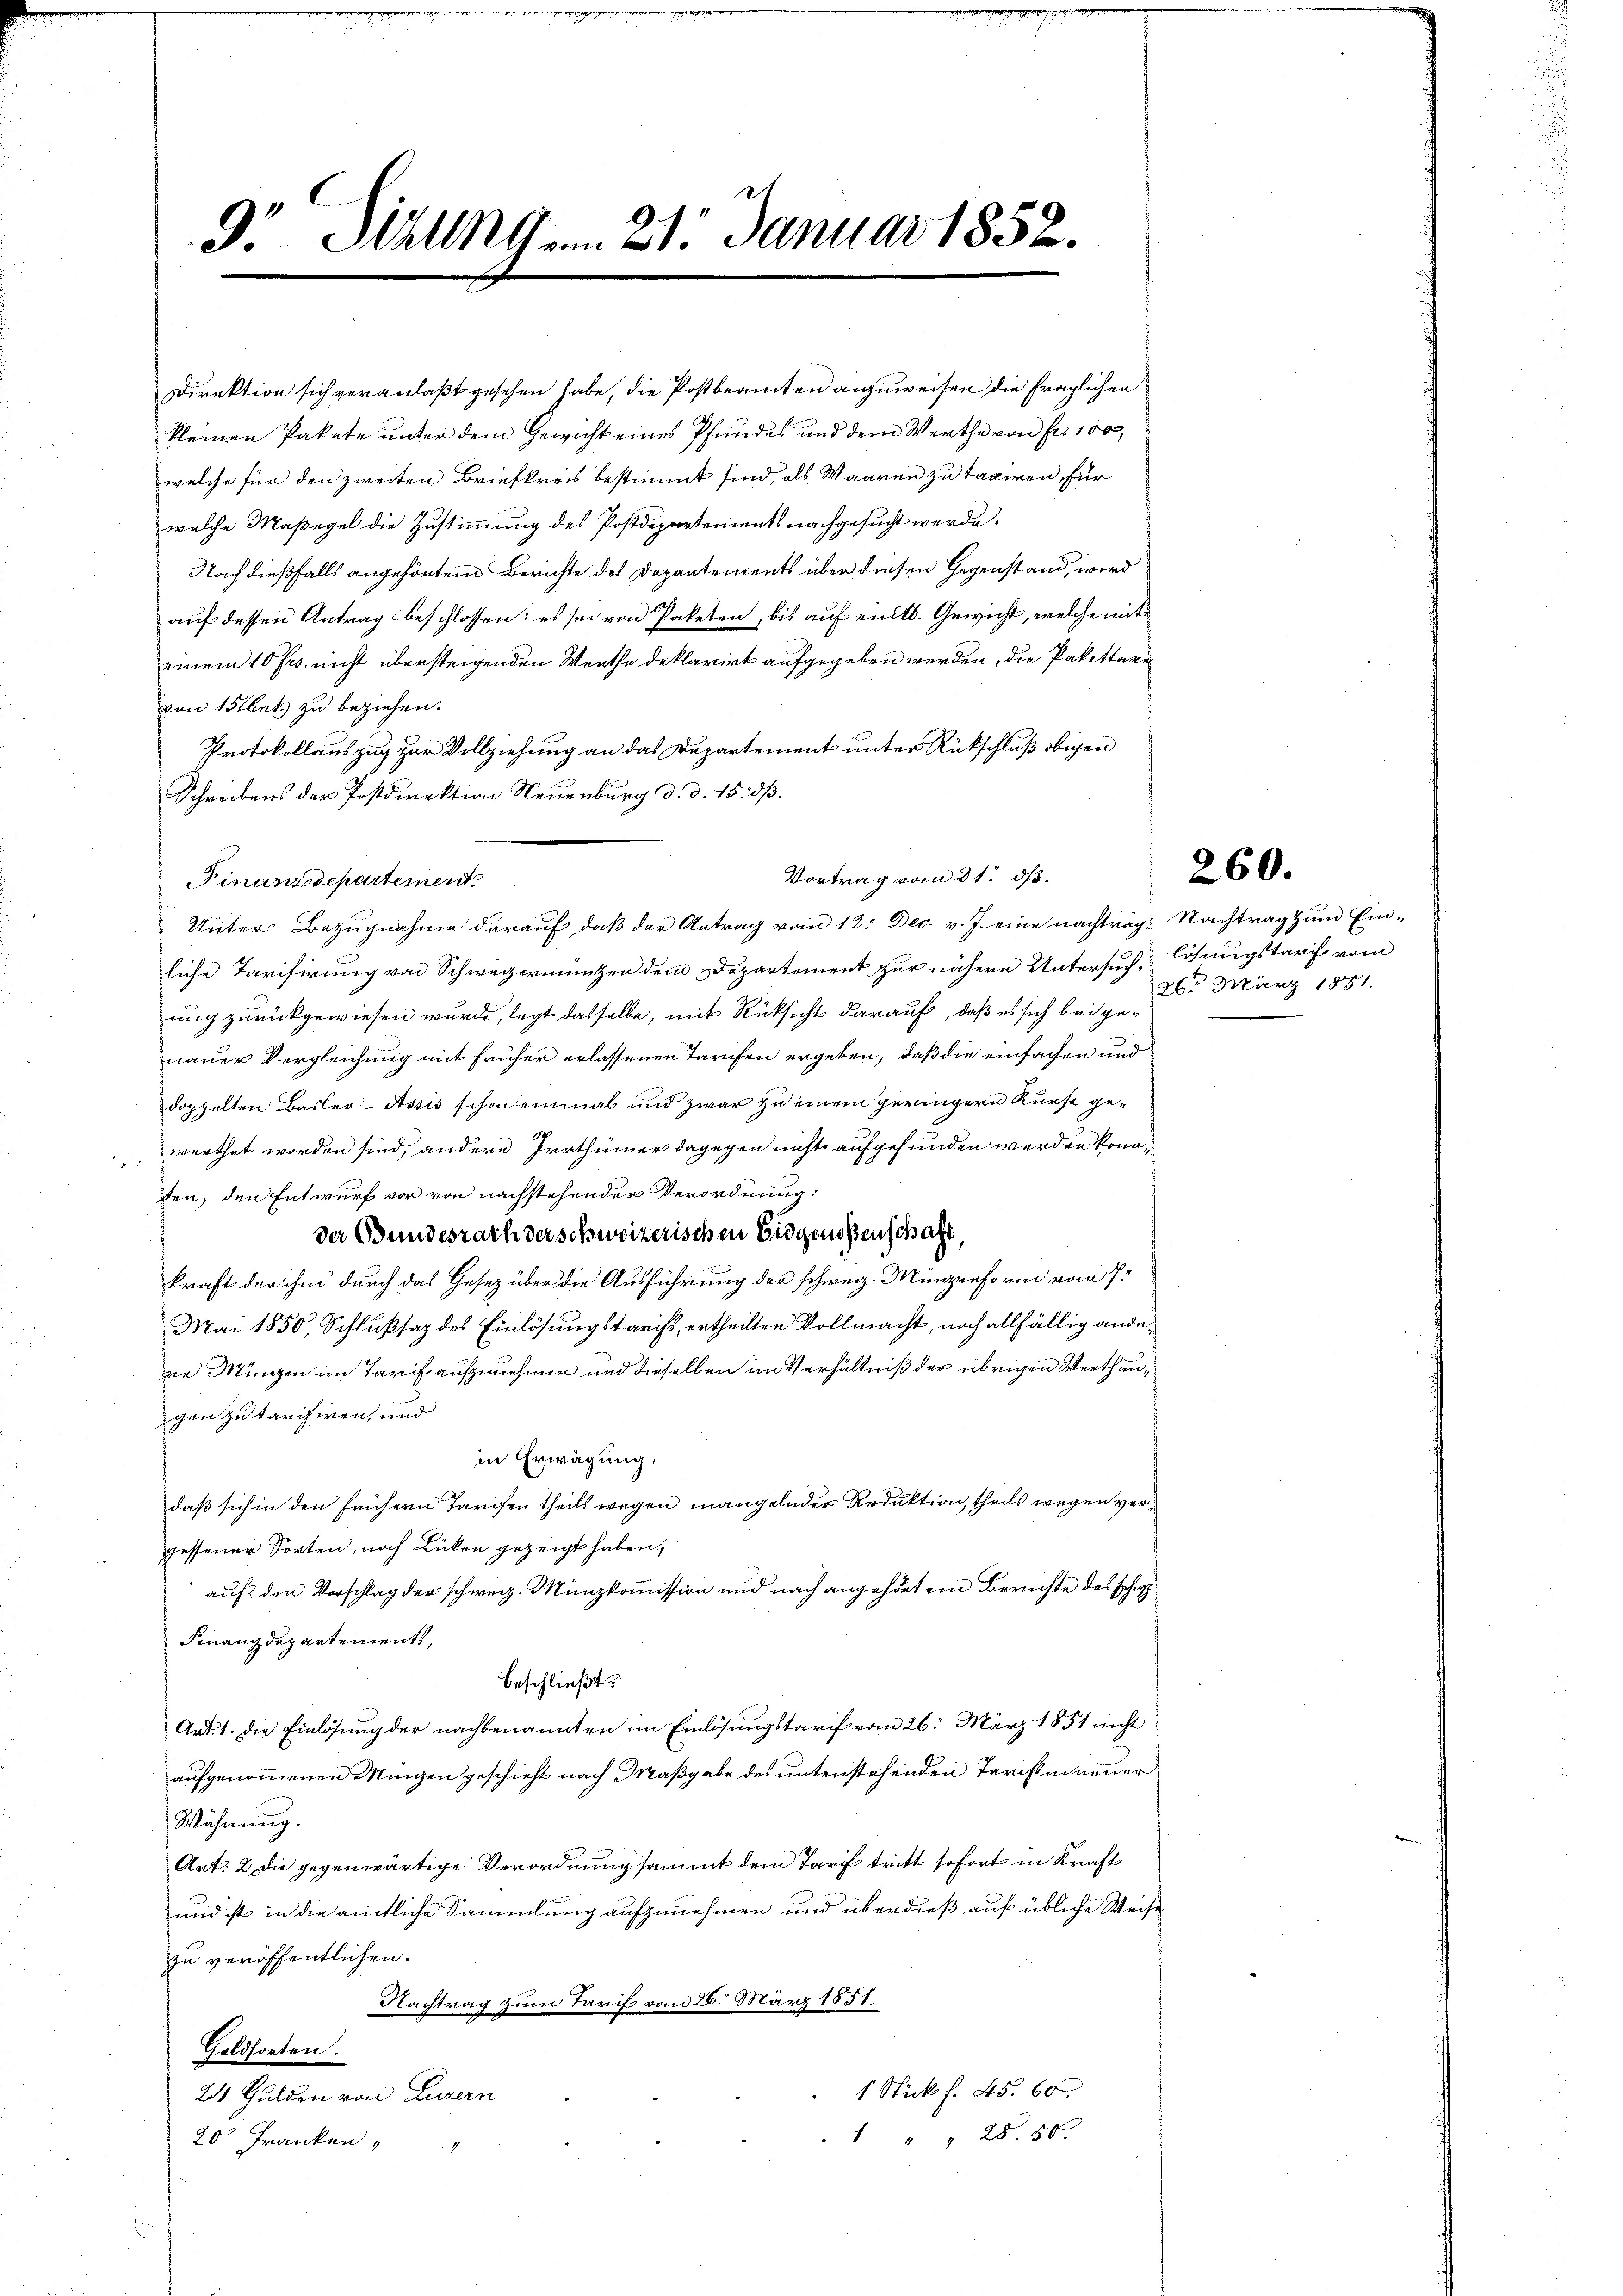
9. Allg. 21. Januar 1852.

Direktion sich veranlaßt gesehen habe, die Postbeamten anzuweisen die fraglichen
kleinen Pakete unter dem Gewicht eines Pfundes und dem Werthe von fr. 100,
welche für den zweiten Briefkreis bestimmt sind, als Waaren zu taxiren für
welche Maßegel die Zustimmung des Postdepartements nachgesucht werde.
Nach dießfalls angehörtem Berichte des Departements über diesen Gegenstand, wird
auf dessen Antrag beschlossen: es sei von Paketen, bis auf eint. Gewicht, welche mit
einem 10 fr. nicht übersteigenden Werthe deklarirt aufgegeben werden, die Pakettage
von 15flets zu beziehen.
Protokollauszug zur Vollziehung an das Departement unter Rückschluß obigen
Schreibens der Postdirektion Neuenburg d. d. 15. dß.
Finanzdepartement.
Unter Bezugnahme darauf, daß der Antrag vom 12. Dec. v. J. eine nachträge Nachtrag zum Ein-
liche Tarifirung von Schwegermünzen dem Departement zur nähere Untersuch Lösungstarif vom
ung zurückgewiesen wurde, legt dasselbe, mit Rücksicht darauf, daß es sich bei genauer Vergleichung mit früher erlassenen Tarifen ergeben, daß die einfachen und
doppelten Basler-Assis schon einmal und zwar zu einem geringern Kurse gewerthet worden sind, andere Irrthümer dagegen nicht aufgefunden werden konnten, den Entwurf vor von nachstehender Verordnung:
der Bundesrath der schweizerischen Eidgenoßenschaft,
kraft der ihm durch das Gesez über die Ausführung der schweiz. Minenform vom 7.
Mai 1850, Schlußsaz des Einlösungstarist, ertheilten Vollmacht, noch allfällig andene Minngen im Tarif aufzunehmen und dieselben im Verhältniß der übrigen Werthungen zu tarisiren, und
in Erwägung.
daß sich in den frühern Tarifen theils wegen mangelnder Reduktion, theils wegen vergessener Sorten, noch Licken gezeigt haben,
auf den Vorschlag der schweiz. Münzkommission und nach angehörtem Berichte des schaf
Finanzdepartements,
beschließt:
Art. 1. die Einlösung der nachbenannten im Einlösungstarif vom 26. März 1851 nicht
aufgenommenen Mingen geschieht nach Maßgabe des unterstehenden Tarcsin neuer
Währung.
Art. 2 die gegenwärtige Verordnung sammt dem Tarif tritt sofort in Kraft
und ist in die amtliche Sammlung aufzunehmen und überdieß auf übliche Weise
zu veröffentlichen.
Nachtrag zum Tarif vom 26. März 1851.
Goldsorten.
1 Stick f. 45. 60
24 Gulden von Luzern
1 " " 28. 50.
20 Franken,

Vortrag vom 31. ds.

260.

26 März 1881.